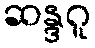
ဆန္ဒဂူ